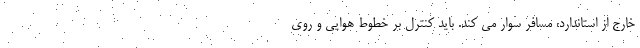
خارج از استاندارد، مسافر سوار می کند. باید کنترل بر خطوط هوایی و روی